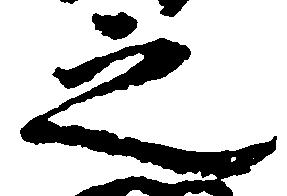
之